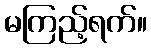
မကြည့်ရက်။